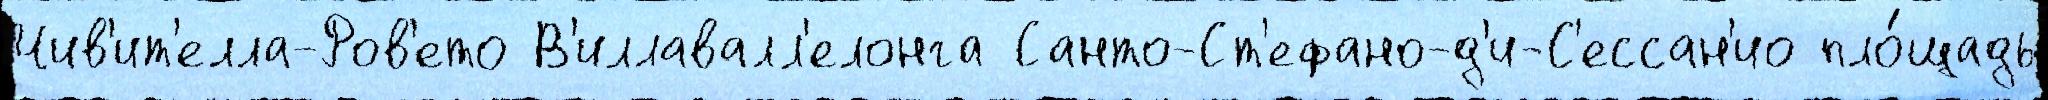
Чив'ит'елла-Ров'ето В'иллавалл'елонга Санто-Ст'ефано-д'и-С'ессан'ио пло́щадь